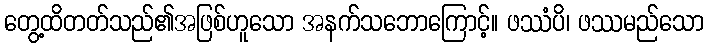
တွေ့ထိတတ်သည်၏အဖြစ်ဟူသော အနက်သဘောကြောင့်။ ဖဿံပိ၊ ဖဿမည်သော